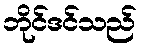
ဘိုင်ဒင်သည်